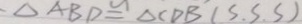
\Delta A B D \cong \Delta C D B ( S S S )